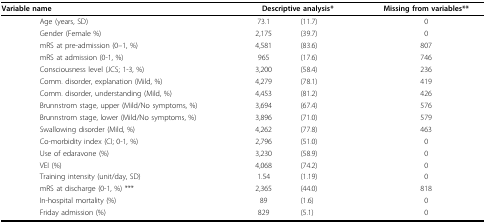
<table><thead><tr><td colspan="2"><b>Variable name</b></td><td colspan="2"><b>Descriptive analysis*</b></td><td><b>Missing from variables**</b></td></tr></thead><tbody><tr><td></td><td>Age (years, SD)</td><td>73.1</td><td>(11.7)</td><td>0</td></tr><tr><td></td><td>Gender (Female %)</td><td>2,175</td><td>(39.7)</td><td>0</td></tr><tr><td></td><td>mRS at pre-admission (0--1, %)</td><td>4,581</td><td>(83.6)</td><td>807</td></tr><tr><td></td><td>mRS at admission (0-1, %)</td><td>965</td><td>(17.6)</td><td>746</td></tr><tr><td></td><td>Consciousness level (JCS; 1-3, %)</td><td>3,200</td><td>(58.4)</td><td>236</td></tr><tr><td></td><td>Comm. disorder, explanation (Mild, %)</td><td>4,279</td><td>(78.1)</td><td>419</td></tr><tr><td></td><td>Comm. disorder, understanding (Mild, %)</td><td>4,453</td><td>(81.2)</td><td>426</td></tr><tr><td></td><td>Brunnstrom stage, upper (Mild/No symptoms, %)</td><td>3,694</td><td>(67.4)</td><td>576</td></tr><tr><td></td><td>Brunnstrom stage, lower (Mild/No symptoms, %)</td><td>3,896</td><td>(71.0)</td><td>579</td></tr><tr><td></td><td>Swallowing disorder (Mild, %)</td><td>4,262</td><td>(77.8)</td><td>463</td></tr><tr><td></td><td>Co-morbidity index (CI; 0-1, %)</td><td>2,796</td><td>(51.0)</td><td>0</td></tr><tr><td></td><td>Use of edaravone (%)</td><td>3,230</td><td>(58.9)</td><td>0</td></tr><tr><td></td><td>VEI (%)</td><td>4,068</td><td>(74.2)</td><td>0</td></tr><tr><td></td><td>Training intensity (unit/day, SD)</td><td>1.54</td><td>(1.19)</td><td>0</td></tr><tr><td></td><td>mRS at discharge (0-1, %) ***</td><td>2,365</td><td>(44.0)</td><td>818</td></tr><tr><td></td><td>In-hospital mortality (%)</td><td>89</td><td>(1.6)</td><td>0</td></tr><tr><td></td><td>Friday admission (%)</td><td>829</td><td>(5.1)</td><td>0</td></tr></tbody></table>